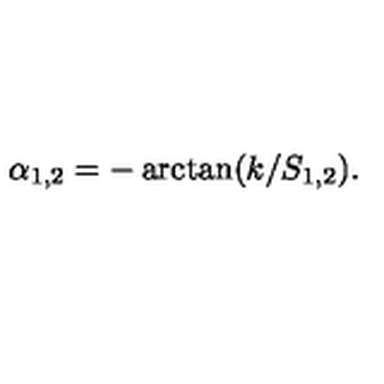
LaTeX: \alpha _ { 1 , 2 } = - \arctan ( k / S _ { 1 , 2 } ) .